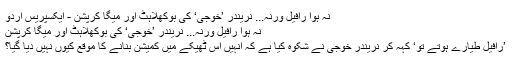
نہ ہوا رافیل ورنہ... نریندر ’خوجی‘ کی بوکھلاہٹ اور میگا کرپشن - ایکسپریس اردو
نہ ہوا رافیل ورنہ... نریندر ’خوجی‘ کی بوکھلاہٹ اور میگا کرپشن
’رافیل طیارے ہوتے تو‘ کہہ کر نریندر خوجی نے شکوہ کیا ہے کہ انہیں اس ٹھیکے میں کمیشن بنانے کا موقع کیوں نہیں دیا گیا؟